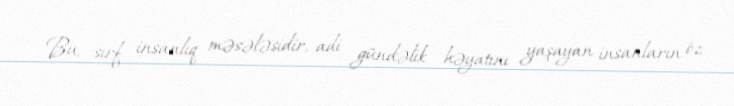
Bu, sırf insanlıq məsələsidir, adi gündəlik həyatını yaşayan insanların öz